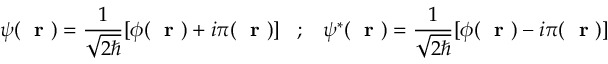
\psi ( \mathrm { ~ \bf ~ r ~ } ) = \frac { 1 } { \sqrt { 2 \hbar } } [ \phi ( \mathrm { ~ \bf ~ r ~ } ) + i \pi ( \mathrm { ~ \bf ~ r ~ } ) ] \; \; \; ; \; \; \; \psi ^ { * } ( \mathrm { ~ \bf ~ r ~ } ) = \frac { 1 } { \sqrt { 2 \hbar } } [ \phi ( \mathrm { ~ \bf ~ r ~ } ) - i \pi ( \mathrm { ~ \bf ~ r ~ } ) ]